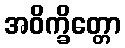
အဝိက္ခိတ္တော